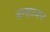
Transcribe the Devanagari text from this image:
ब्रम्हावर